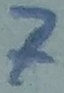
Text: 7